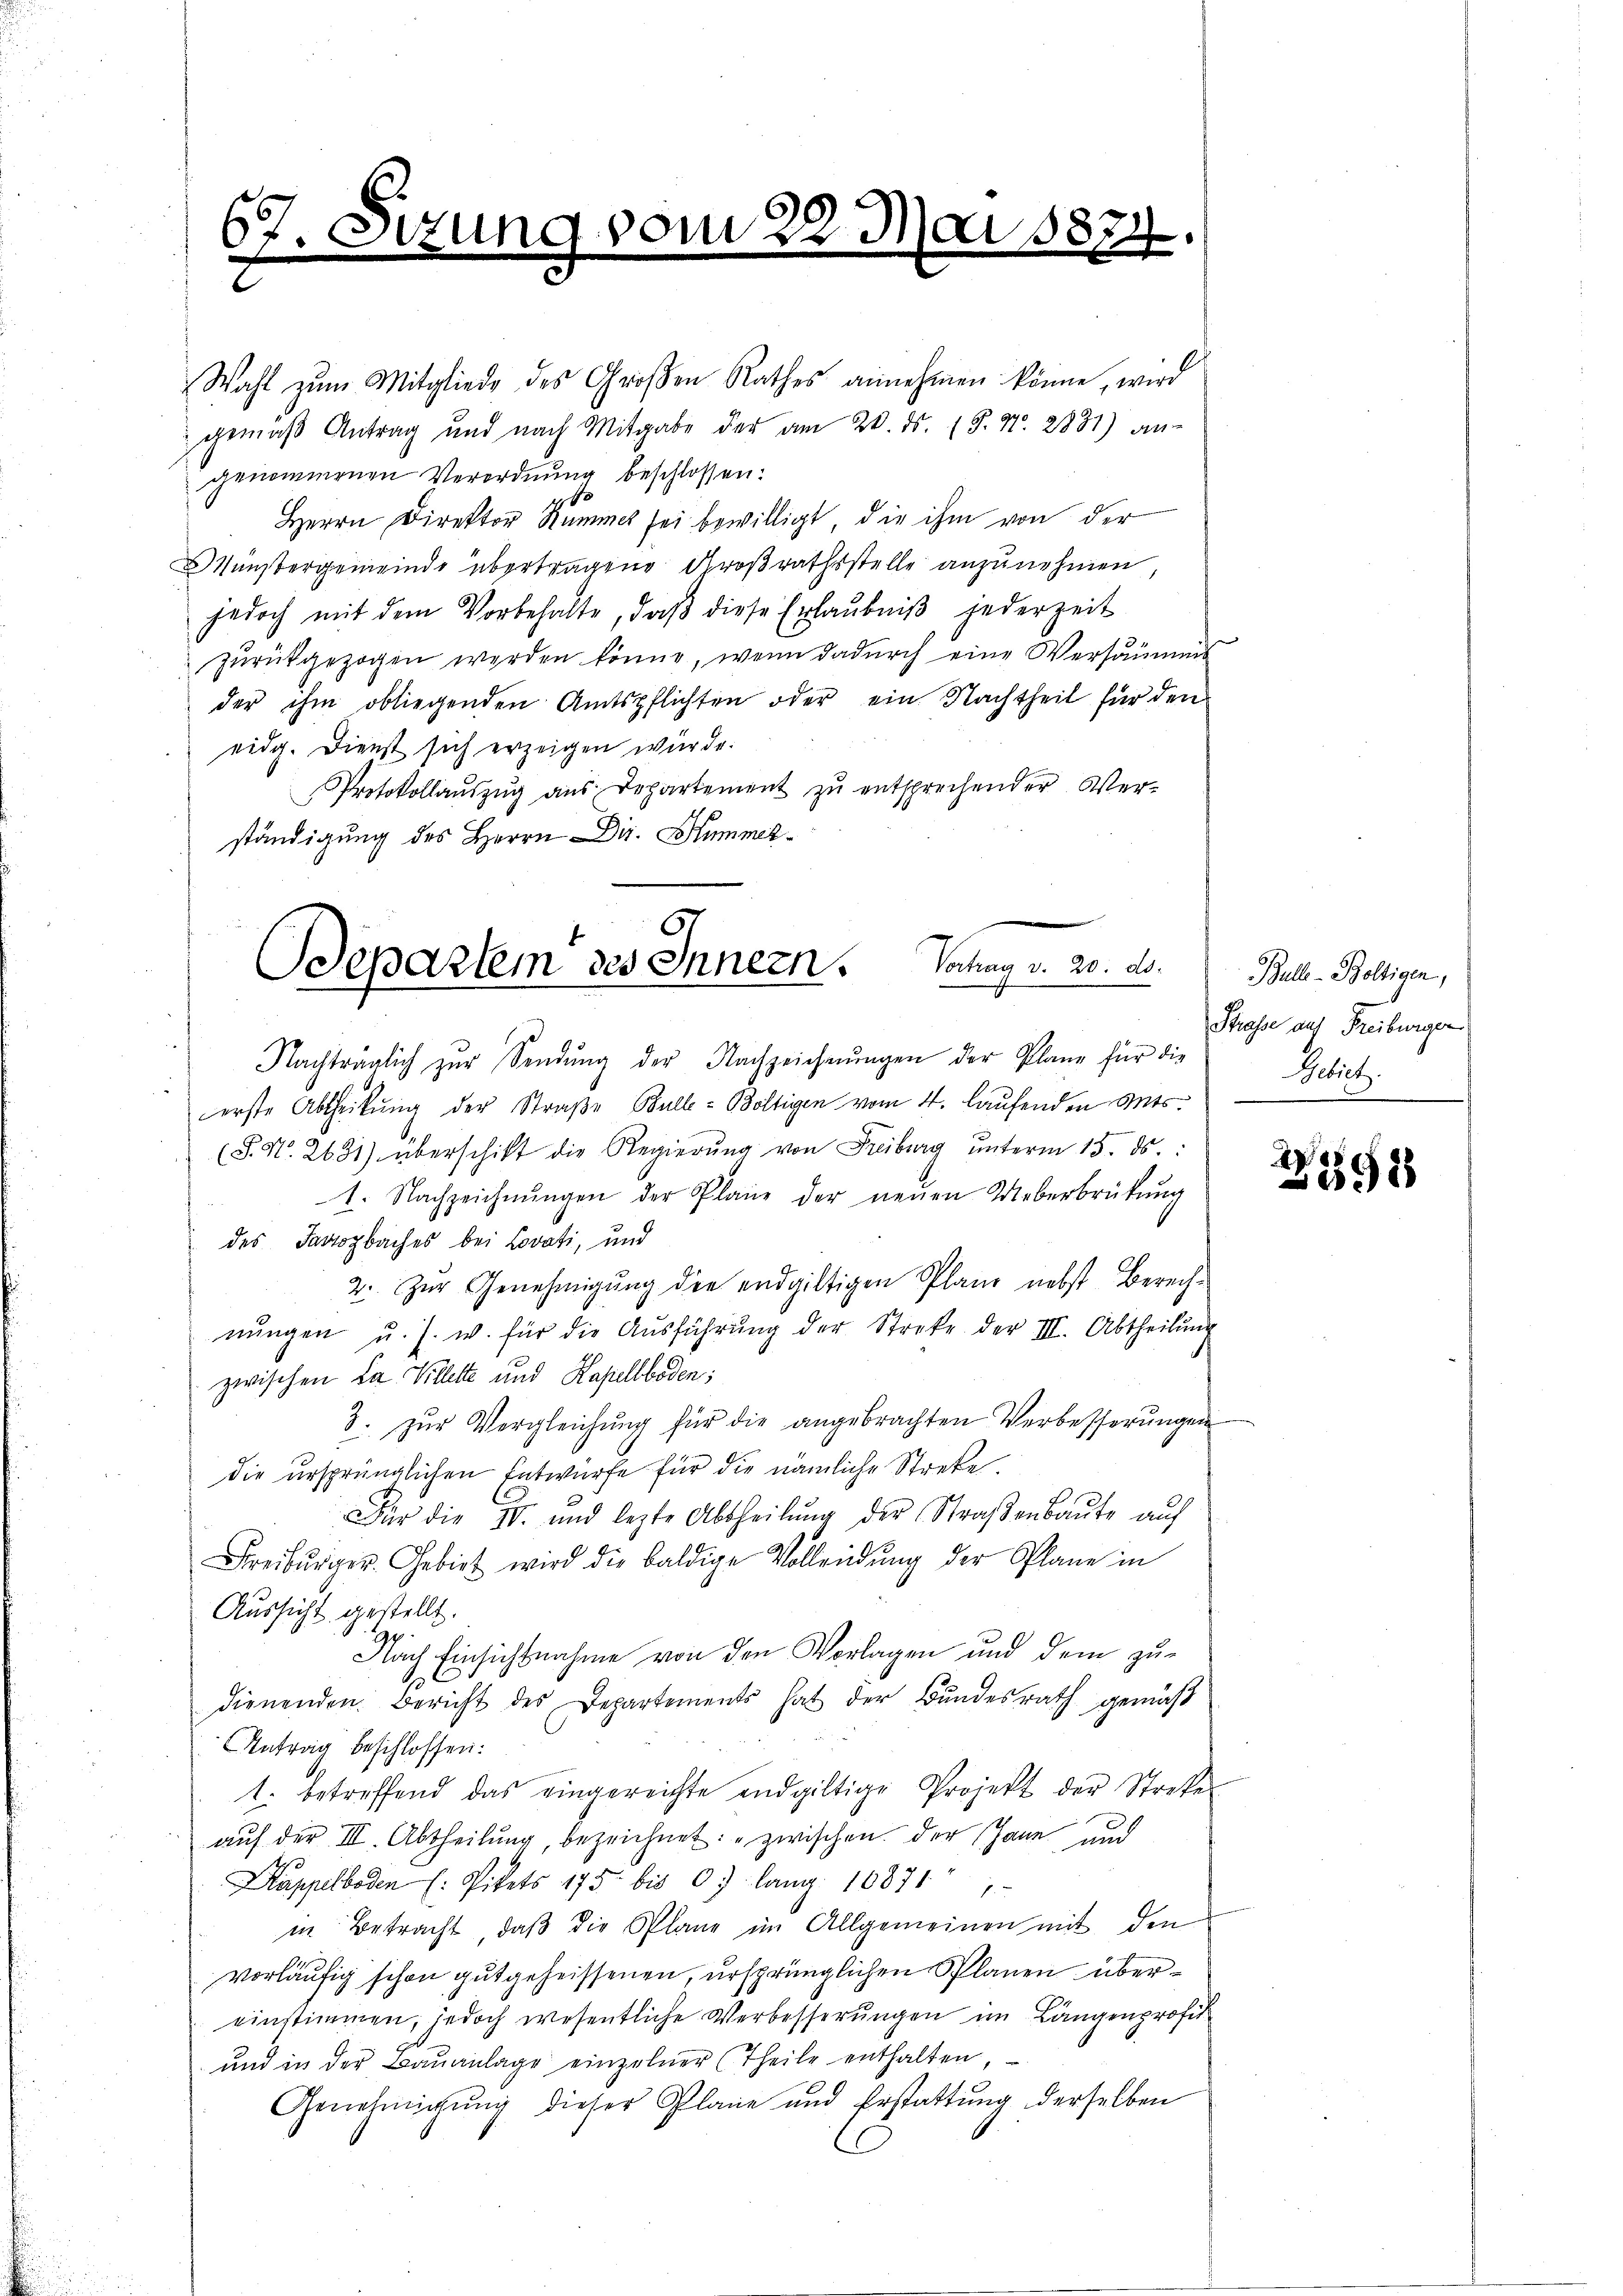
67.
2

Fizu

vom 28.

A 1872

Wahl zum Mitgliede des Großen Rathes annehmen könne, wird
gemäß Antrag und nach Mitgabe der am 28. ds. 18. No. 2881) an-
genommenen Verordnung beschlossen:
10
Herrn Direktor Summel sei bewilligt, die ihm von der
Münstergemeinde übertragene Großrathsstelle anzunehmen,
jedoch mit dem Vorbehalte, daβ diese Erlaŭbniβ jederzeit
zurückgezogen werden könne, wenn dadurch eine Versäumeis
der ihm obliegenden Amtspflichten oder ein Nachtheil für den
eidg. Dienst sich erzeigen würde.
Protokollauszug aus Departement zu entsprechender Verständigung des Herrn Dir. Hummer¬

.
Ddepartem des Innern. Vortrag v. 20. ds.

Nachträglich zŭr Sendŭng der Nachzeichnŭngen der Plane für die
erste Abtheilung der Straße Bulle - Boltigen vom 4. laufenden Mts.
(§. N. 2631) überschikt die Regierŭng von Freiburg ŭnterm 15. ds.
1. Nachzeichnŭngen der Plane der neŭen Ueberbrükŭng
 des Savozbaches bei Lovati, und
2. Zŭr Genehmigŭng die endgültigen Plan nebst Berech-
nungen u. s. w. für die Ausführung der Streke der III. Abtheilung
zwischen La Villette und Kapellboden;
3. zŭr Vergleichung für die angebrachten Verbesserungen
die ursprünglichen Entwurfe für die nämliche Streke.
Für die IV. und lezte Abtheilŭng der Straβenbaŭte auf
Freibŭrger Gebiet wird die baldige Vollendŭng der Plane in
Aussicht gestellt.
1
Nach Einsichtnahme von den Vorlagen und dem zudienenden. Bericht des Departements hat der Bundesrath gemäß
Antrag beschlossen:
1. betreffend das eingereichte endgültige Projekt der Streke
aŭf der III. Abtheilung, bezeichnet: "zwischen. Der Haue und
Kappelboden (: Pikets 175 bis 07 lang 16871
in Betracht, daß die Pläne im Allgemeinen mit den
vorläufig schon gutgeheissenen, ursprünglichen Planen übereinstimmen, jedoch wesentliche Verbesserungen im Längenprofit
und in der Bauanlage einzelner (Theile enthalten
Genehmigŭng dieser Plane und Erstattŭng derselben

Bulle - Boltigen,
Strasse auf Freiburger
Gebiet.

2
918